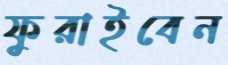
ফুরাইবেন